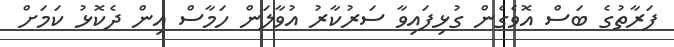
ފަރާތުގެ ބަސް އޮވެގެން ގުޅިފައިވާ ސަރުކާރު އުވާލަން ހަމާސް އިން ދެކޮޅު ކަމަށް